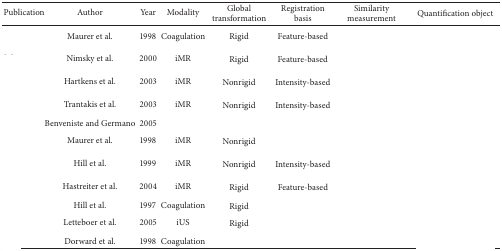
<table><thead><tr><td><b>Publication </b></td><td><b>Author </b></td><td><b>Year </b></td><td><b>Modality </b></td><td><b>Global transformation </b></td><td><b>Registration basis </b></td><td><b>Similarity measurement </b></td><td><b>Quantification object</b></td></tr></thead><tbody><tr><td>[EMPTY_CELL]</td><td>Maurer et al.</td><td>1998</td><td>Coagulation</td><td>Rigid</td><td>Feature-based</td><td>[EMPTY_CELL]</td><td>[EMPTY_CELL]</td></tr><tr><td>[EMPTY_CELL]</td><td>Nimsky et al.</td><td>2000</td><td>iMR</td><td>Rigid</td><td>Feature-based</td><td>[EMPTY_CELL]</td><td>[EMPTY_CELL]</td></tr><tr><td>[EMPTY_CELL]</td><td>Hartkens et al.</td><td>2003</td><td>iMR</td><td>Nonrigid</td><td>Intensity-based</td><td>[EMPTY_CELL]</td><td>[EMPTY_CELL]</td></tr><tr><td>[EMPTY_CELL]</td><td>Trantakis et al.</td><td>2003</td><td>iMR</td><td>Nonrigid</td><td>Intensity-based</td><td>[EMPTY_CELL]</td><td>[EMPTY_CELL]</td></tr><tr><td>[EMPTY_CELL]</td><td>Benveniste and Germano</td><td>2005</td><td>[EMPTY_CELL]</td><td>[EMPTY_CELL]</td><td>[EMPTY_CELL]</td><td>[EMPTY_CELL]</td><td>[EMPTY_CELL]</td></tr><tr><td>[EMPTY_CELL]</td><td>Maurer et al.</td><td>1998</td><td>iMR</td><td>Nonrigid</td><td>[EMPTY_CELL]</td><td>[EMPTY_CELL]</td><td>[EMPTY_CELL]</td></tr><tr><td>[EMPTY_CELL]</td><td>Hill et al.</td><td>1999</td><td>iMR</td><td>Nonrigid</td><td>Intensity-based</td><td>[EMPTY_CELL]</td><td>[EMPTY_CELL]</td></tr><tr><td>[EMPTY_CELL]</td><td>Hastreiter et al.</td><td>2004</td><td>iMR</td><td>Rigid</td><td>Feature-based</td><td>[EMPTY_CELL]</td><td>[EMPTY_CELL]</td></tr><tr><td>[EMPTY_CELL]</td><td>Hill et al.</td><td>1997</td><td>Coagulation</td><td>Rigid</td><td>[EMPTY_CELL]</td><td>[EMPTY_CELL]</td><td>[EMPTY_CELL]</td></tr><tr><td>[EMPTY_CELL]</td><td>Letteboer et al.</td><td>2005</td><td>iUS</td><td>Rigid</td><td>[EMPTY_CELL]</td><td>[EMPTY_CELL]</td><td>[EMPTY_CELL]</td></tr><tr><td>[EMPTY_CELL]</td><td>Dorward et al.</td><td>1998</td><td>Coagulation</td><td>[EMPTY_CELL]</td><td>[EMPTY_CELL]</td><td>[EMPTY_CELL]</td><td>[EMPTY_CELL]</td></tr></tbody></table>